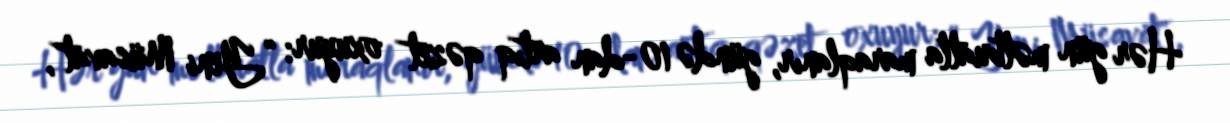
Hər gün mətbuatla maraqlanır, gündə 10-dan artıq qəzet oxuyur: “Yeni Müsavat",